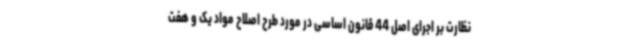
نظارت بر اجرای اصل 44 قانون اساسی در مورد طرح اصلاح مواد یک و هفت